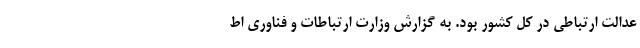
عدالت ارتباطی در کل کشور بود. به گزارش وزارت ارتباطات و فناوری اط